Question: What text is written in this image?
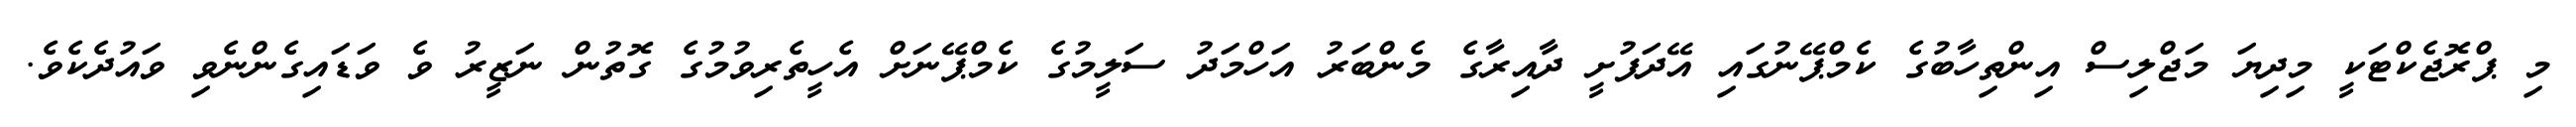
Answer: މި ޕްރޮޖެކްޓަކީ މިދިޔަ މަޖްލިސް އިންތިހާބުގެ ކެމްޕޭނުގައި އޭދަފުށީ ދާއިރާގެ މެންބަރު އަހްމަދު ސަލީމުގެ ކެމްޕޭނަށް އެހީތެރިވުމުގެ ގޮތުން ނަޒީރު ވެ ވަޑައިގެންނެވި ވައުދެކެވެ.